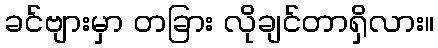
ခင်ဗျားမှာ တခြား လိုချင်တာရှိလား။